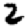
Digit: 2